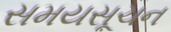
સમયસૂચન